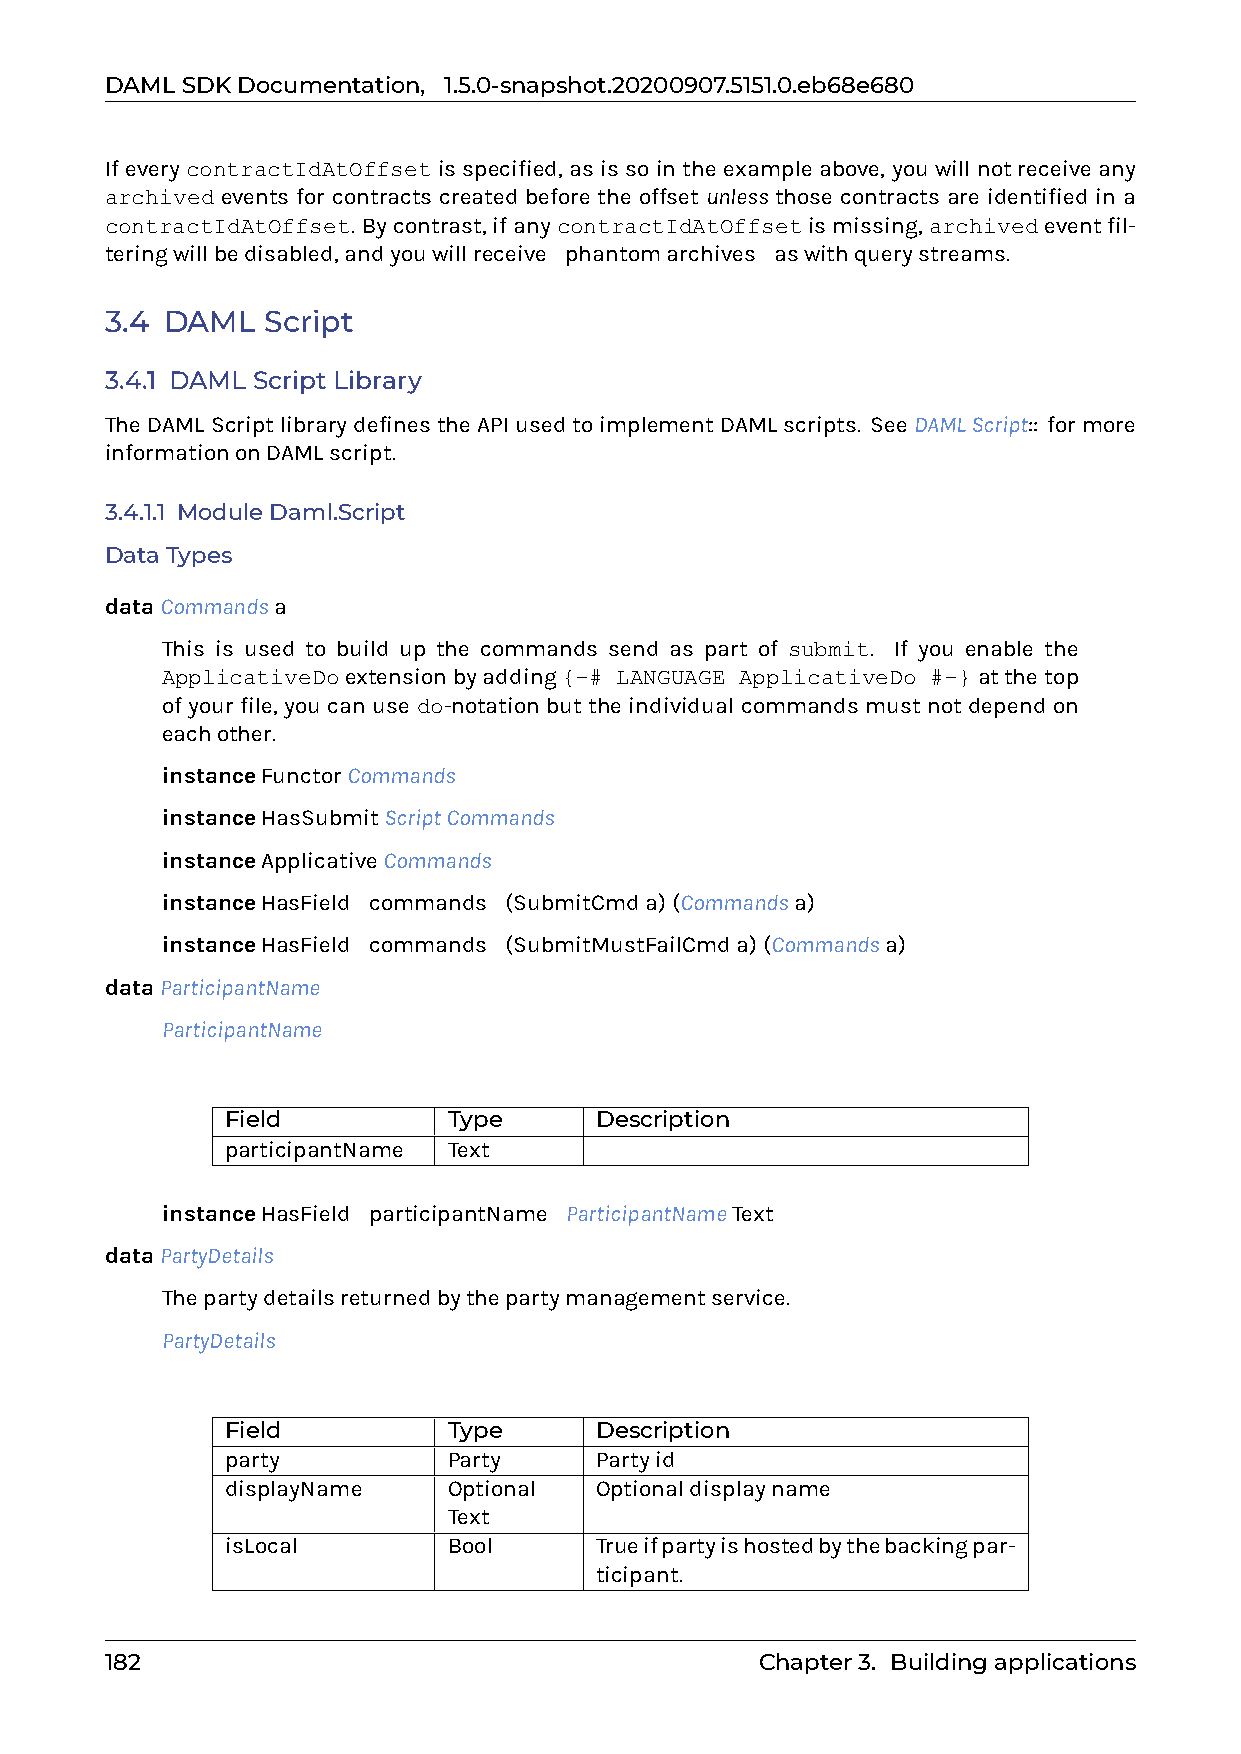
DAMLSDKDocumentation, 1.5.0-snapshot.20200907.5151.0.eb68e680
 Ifevery contractIdAtOffset isspecified, asis sointhe exampleabove, youwill notreceive any
 archived events for contracts created before the offset unless those contracts are identified in a
 contractIdAtOffset. Bycontrast,ifanycontractIdAtOffsetismissing,archivedeventfil-
 teringwillbedisabled,andyouwillreceive0phantomarchives0aswithquerystreams.
 3.4 DAML  Script
 3.4.1 DAML Script Library
 TheDAMLScriptlibrarydefinestheAPIusedtoimplementDAMLscripts. SeeDAMLScript:: formore
 informationonDAMLscript.
 3.4.1.1 ModuleDaml.Script
 DataTypes
 dataCommandsa
 This is used to build up the commands send as part of submit. If you enable the
 ApplicativeDoextensionbyadding{-# LANGUAGE ApplicativeDo #-}atthetop
 of your file, you can use do-notation but the individual commands must not depend on
 eachother.
 instanceFunctorCommands
 instanceHasSubmitScriptCommands
 instanceApplicativeCommands
 instanceHasField0commands0(SubmitCmda)(Commandsa)
 instanceHasField0commands0(SubmitMustFailCmda)(Commandsa)
 dataParticipantName
 ParticipantName
 Field          Type     Description
 participantName Text
 instanceHasField0participantName0ParticipantNameText
 dataPartyDetails
 Thepartydetailsreturnedbythepartymanagementservice.
 PartyDetails
 Field          Type     Description
 party          Party    Partyid
 displayName    Optional Optionaldisplayname
 Text
 isLocal        Bool     Trueifpartyishostedbythebackingpar-
 ticipant.
 182                                        Chapter3. Buildingapplications